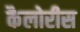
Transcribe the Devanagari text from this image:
कैलोरीस